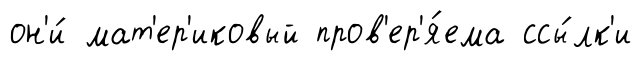
он'и́ мат'ер'иковый пров'ер'я́ема ссы́лк'и